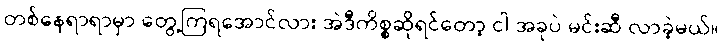
တစ်နေရာရာမှာ တွေ့ကြရအောင်လား အဲဒီကိစ္စဆိုရင်တော့ ငါ အခုပဲ မင်းဆီ လာခဲ့မယ်။